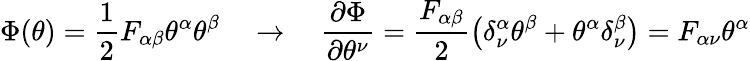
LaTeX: \Phi(\theta)=\frac{1}{2}F_{\alpha\beta}\theta^{\alpha}\theta^{\beta}\quad\rightarrow\quad\frac{\partial\Phi}{\partial\theta^{\nu}}=\frac{F_{\alpha\beta}}{2}\left(\delta_{\nu}^{\alpha}\theta^{\beta}+\theta^{\alpha}\delta_{\nu}^{\beta}\right)=F_{\alpha\nu}\theta^{\alpha}